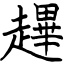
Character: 䟆